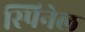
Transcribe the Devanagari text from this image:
स्पिनेल